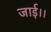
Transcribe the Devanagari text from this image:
जाई।।